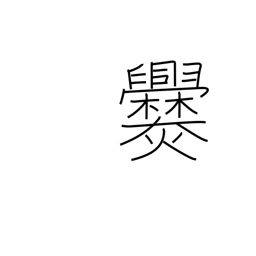
Meaning: cook